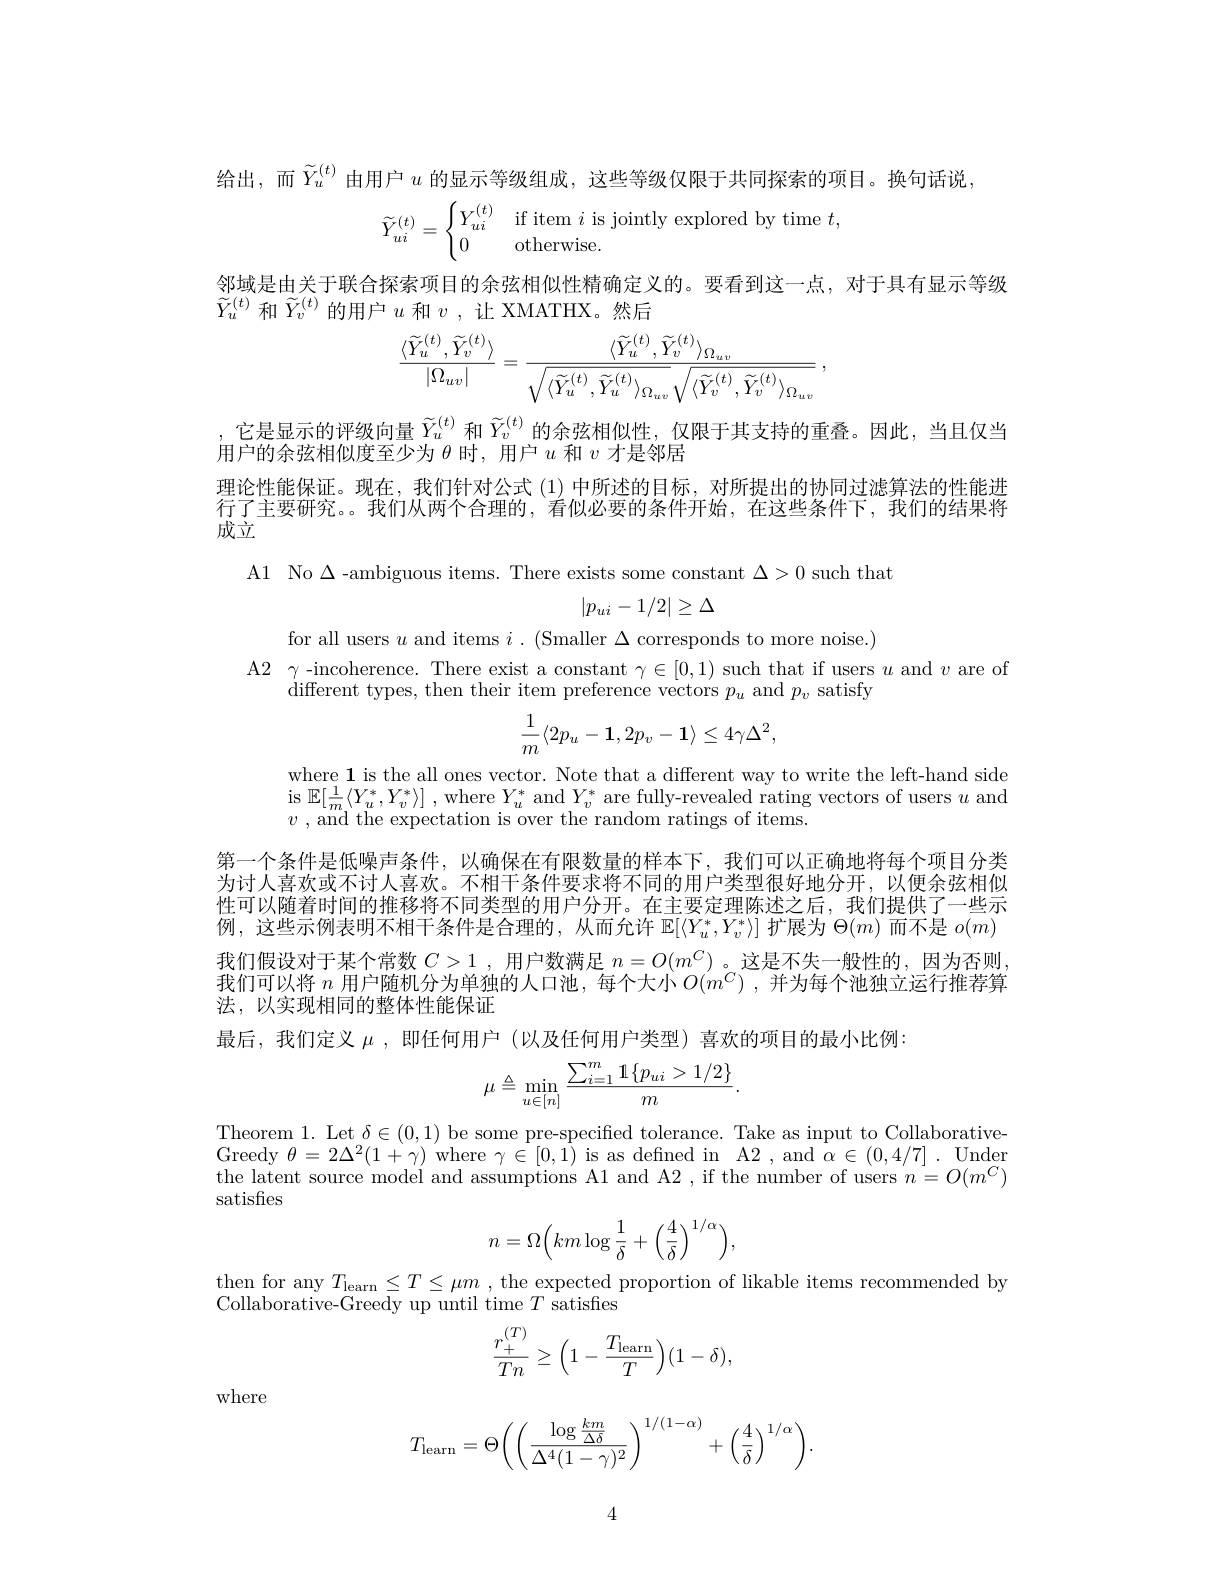
给出，而$\widetilde{Y}_u^{(t)}$由用户$u$的显示等级组成，这些等级仅限于共同探索的项目。换句话说，
$$\widetilde{Y}_{ui}^{(t)}=\begin{cases}Y_{ui}^{(t)}&\text{if item}\:i\text{is jointly explored by time}\:t,\\0&\text{otherwise.}\end{cases}$$
邻域是由关于联合探索项目的余弦相似性精确定义的。要看到这一点，对于具有显示等级
$\widetilde{Y}_u^{(t)}$和$\widetilde Y_v^{(t)}$的用户$u$和$v$ ,让 XMATHX。然后
$$\frac{\langle\widetilde{Y}_{u}^{(t)},\widetilde{Y}_{v}^{(t)}\rangle}{|\Omega_{uv}|}=\frac{\langle\widetilde{Y}_{u}^{(t)},\widetilde{Y}_{v}^{(t)}\rangle_{\Omega_{uv}}}{\sqrt{\langle\widetilde{Y}_{u}^{(t)},\widetilde{Y}_{u}^{(t)}\rangle_{\Omega_{uv}}}\sqrt{\langle\widetilde{Y}_{v}^{(t)},\widetilde{Y}_{v}^{(t)}\rangle_{\Omega_{uv}}}}\:,$$
,它是显示的评级向量$\widetilde{Y}_u^{(t)}$和$\widetilde{Y}_v^{(t)}$的余弦相似性，仅限于其支持的重叠。因此，当且仅当
用户的余弦相似度至少为$\theta$时，用户$u$和$v$才是邻居
理论性能保证。现在，我们针对公式(1)中所述的目标，对所提出的协同过滤算法的性能进行了主要研究。。我们从两个合理的，看似必要的条件开始，在这些条件下，我们的结果将成立

A1 No $\Delta$-ambiguous items. There exists some constant $\Delta>0$ such that
$$|p_{ui}-1/2|\geq\Delta $$
for all users $u$ and items $i.$ (Smaller $\Delta$ corresponds to more noise.)
$\begin{array}{ll}{\mathrm{A2}}&{\gamma\text{-incoherence. There exist a constant}\gamma\in[0,1)\text{ such that if users }u\text{ and }v\text{ are of}}\\{&\mathrm{different~types,~then~their~item~preference~vectors~}p_{u}\text{ and }p_{v}\text{ satisfy}}\end{array}$
$$\frac{1}{m}\langle2p_u-\mathbf{1},2p_v-\mathbf{1}\rangle\leq4\gamma\Delta^2,$$
where 1 is the all ones vector. Note that a different way to write the left-hand side is $\mathbb{E}[\frac1m\langle Y_u^*,Y_v^*\rangle]$ , where $Y_u^*$ and $Y_v^*$ are fully-revealed rating vectors of users $u$ and $v$ , and the expectation is over the random ratings of items

第一个条件是低噪声条件，以确保在有限数量的样本下，我们可以正确地将每个项目分类为讨人喜欢或不讨人喜欢。不相干条件要求将不同的用户类型很好地分开，以便余弦相似性可以随着时间的推移将不同类型的用户分开。在主要定理陈述之后，我们提供了一些示例，这些示例表明不相干条件是合理的，从而允许$\mathbb{E}[\langle Y_u^*,Y_v^*\rangle]$扩展为$\Theta(m)$而不是$o(m)$ 我们假设对于某个常数$C>1$ ,用户数满足$n=O(m^C)$ 。这是不失一般性的，因为否则我们可以将 $n$ 用户随机分为单独的人口池，每个大小$O(m^C)$ ,并为每个池独立运行推荐算法、以实现相同的整体性能保证
最后，我们定义$\mu$ ,即任何用户 (以及任何用户类型)喜欢的项目的最小比例：
$$\mu\triangleq\min_{u\in[n]}\frac{\sum_{i=1}^m\mathbb{1}\{p_{ui}>1/2\}}{m}.$$
$\begin{array}{l}\mathrm{Theorem~1.~Let~\delta\in(0,1)~be~some~pre-specified~tolerance.~Take~as~input~to~Collaborative-}\\\mathrm{Greedy~\theta=2\Delta^{2}(1+\gamma)~where~\gamma\in[0,1)~is~as~defined~in~A2~,~and~\alpha\in(0,4/7]~.~Under}\\\mathrm{the~latent~source~model~and~assumptions~A1~and~A2~,~if~the~number~of~users~}n\end{array}$
satisfies
$$n=\Omega\Big(km\log\frac{1}{\delta}+\Big(\frac{4}{\delta}\Big)^{1/\alpha}\Big),$$
then for any $T_{\mathrm{learn}}\leq T\leq\mu m$ , the expected proportion of likable items recommended by
Collaborative-Greedy up until time $T$ satisfies
$$\frac{r_+^{(T)}}{Tn}\geq\Big(1-\frac{T_{\mathrm{learn}}}{T}\Big)(1-\delta),$$
where
$$T_{\mathrm{learn}}=\Theta\bigg(\bigg(\frac{\log\frac{km}{\Delta\delta}}{\Delta^4(1-\gamma)^2}\bigg)^{1/(1-\alpha)}+\bigg(\frac{4}{\delta}\bigg)^{1/\alpha}\bigg).$$